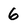
Character: 6